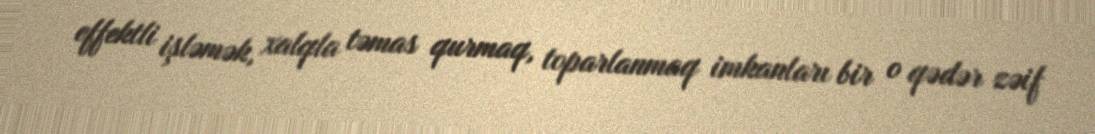
effektli işləmək, xalqla təmas qurmaq, toparlanmaq imkanları bir o qədər zəif